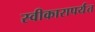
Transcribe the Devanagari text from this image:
स्वीकारापर्यंत